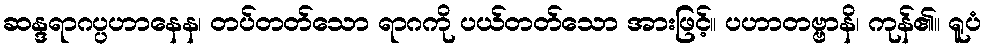
ဆန္ဒရာဂပ္ပဟာနေန၊ တပ်တတ်သော ရာဂကို ပယ်တတ်သော အားဖြင့်။ ပဟာတဗ္ဗာနိ၊ ကုန်၏။ ရူပံ